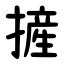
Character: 摌